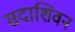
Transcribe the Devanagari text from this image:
सदाशिवन